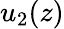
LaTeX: u_{2}(z)